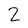
Character: 2